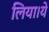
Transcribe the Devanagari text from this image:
लिया।ये